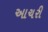
આચરી